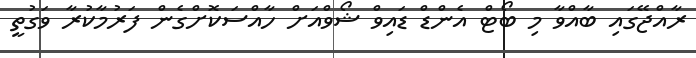
ރާއްޖޭގައި ބާއްވާ މި ބޯޓް އެންޑް ޑައިވް ޝޯވްއަށް ހާއްސަކޮށްގެން ފަރުމާކުރާ ވަގުތީ